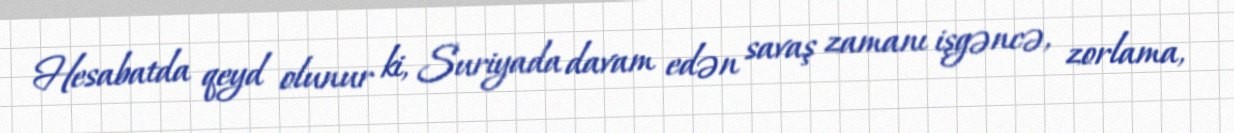
Hesabatda qeyd olunur ki, Suriyada davam edən savaş zamanı işgəncə, zorlama,